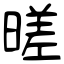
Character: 暛